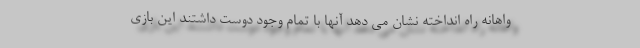
واهانه راه انداخته نشان می دهد آنها با تمام وجود دوست داشتند این بازی